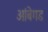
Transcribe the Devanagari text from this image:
आंबेगड